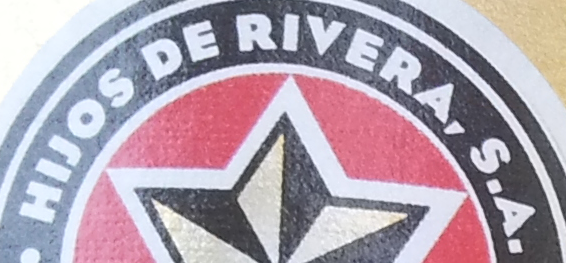
HIJOS DE RIVERA, S.A.